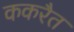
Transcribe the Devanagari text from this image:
ककरैत